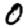
Digit: 0